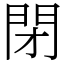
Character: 閉